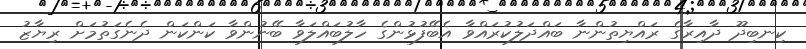
ކިނބިދޫ ދާއިރާގެ ރައްޔިތުންނާ ބައްދަލުކުރައްވާ އެބޭފުޅުންގެ ހާލުބައްލަވާ ބޭނުންވާ ކަންކަން ދެނެގަތުމަށް ރިޔާޒު